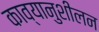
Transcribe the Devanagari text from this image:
काव्यानुशीलन